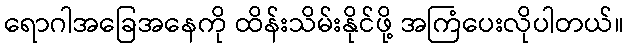
ရောဂါအခြေအနေကို ထိန်းသိမ်းနိုင်ဖို့ အကြံပေးလိုပါတယ်။